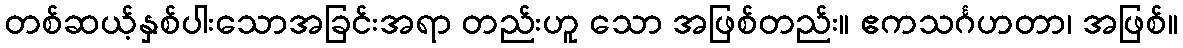
တစ်ဆယ့်နှစ်ပါးသောအခြင်းအရာ တည်းဟူ သော အဖြစ်တည်း။ ဧကသင်္ဂဟတာ၊ အဖြစ်။